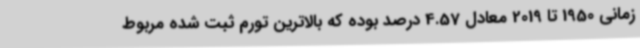
زمانی 1950 تا 2019 معادل 4.57 درصد بوده که بالاترین تورم ثبت شده مربوط